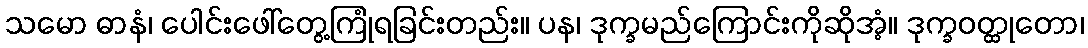
သမော ဓာနံ၊ ပေါင်းဖေါ်တွေ့ကြုံရခြင်းတည်း။ ပန၊ ဒုက္ခမည်ကြောင်းကိုဆိုအံ့။ ဒုက္ခဝတ္ထုတော၊